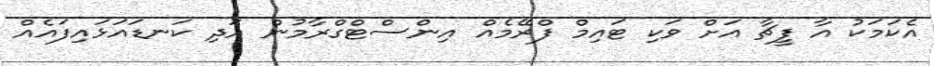
އެކަމަކު އާ ފީޗާ އަށް ވަކި ޓައިމް ފްރޭމެއް އިންސްޓްގްރާމުން އަދި ކަނޑައަޅައިފައެއް